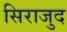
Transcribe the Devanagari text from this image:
सिराजुद